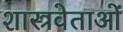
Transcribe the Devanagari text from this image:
शास्त्रवेताओं